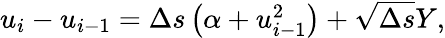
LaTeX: \begin{array}{r}{u_{i}-u_{i-1}=\Delta s\left(\alpha+u_{i-1}^{2}\right)+\sqrt{\Delta s}Y,}\end{array}